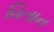
વિતાન